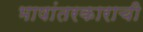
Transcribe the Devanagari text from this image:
भाषांतरकाराची